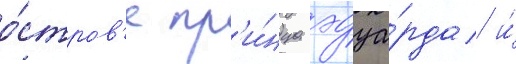
о́стров'е пр'и́нца эдуа́рда и́